Scottish Certificate of Education, 1962
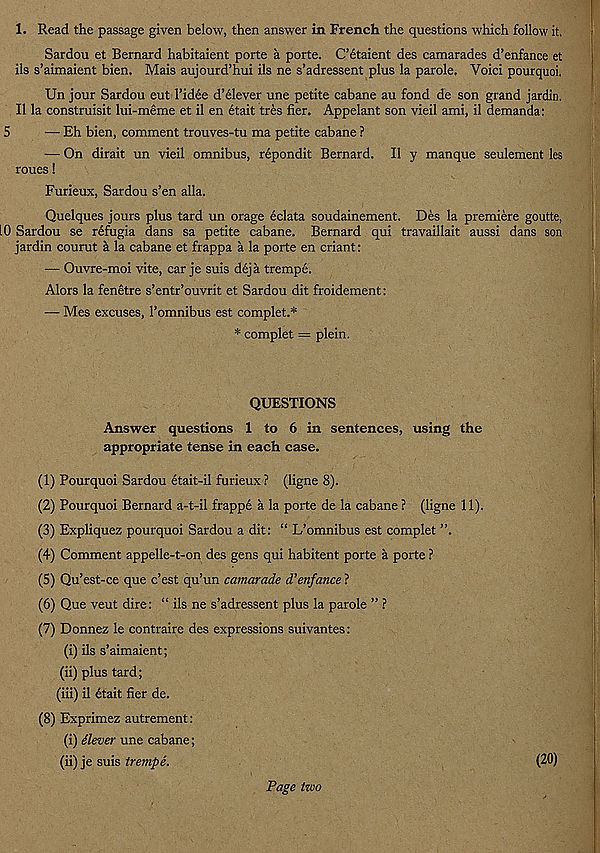
1. Read the passage given below, then answer in French the questions which follow it.
Sardou et Bernard habitaient porte a porte. C’6taient des camarades d’enfance et
ils s’aimaient bien. Mais aujourd’hui ils ne s’adressent plus la parole, Voici pourquoi.
Un jour Sardou eut 1’idee d’61ever une petite cabane au fond de son grand jardin.
II la construisit lui-meme et il en etait tres her. Appelant son vieil ami, il demanda:
5
— Eh bien, comment trouves-tu ma petite cabane ?
— On dirait un vieil omnibus, repondit Bernard. Il y manque seulement les
roues!
Furieux, Sardou s’en alia.
Quelques jours plus tard un orage eclata soudainement. Des la premiere goutte,
10 Sardou se refugia dans sa petite cabane. Bernard qui travaillait aussi dans son
jardin courut h. la cabane et frappa a la porte en criant:
— Ouvre-moi vite, car je suis d6ja trempe.
Alors la fenetre s’entr’ouvrit et Sardou dit froidement:
— Mes excuses, 1’omnibus est comp let.*
* complet = plein.
QUESTIONS
Answer questions 1 to 6 in sentences, using the
appropriate tense in each case.
(1) Pourquoi Sardou etait-il furieux? (Hgne 8).
(2) Pourquoi Bernard a-t-il frappe a la porte de la cabane ? (ligne 11).
(3) Expliquez pourquoi Sardou a dit: “ L’omnibus est complet ”.
(4) Comment appelle-t-on des gens qui habitent porte a porte ?
(5) Qu’est-ce que c’est qu’un camarade d’enfance ?
(6) Que veut dire: “ ils ne s’adressent plus la parole ” ?
(7) Donnez le contraire des expressions suivantes:
(i) ils s’aimaient;
(ii) plus tard;
(iii) il etait her de.
(8) Exprimez autrement:
(i) dlever une cabane;
(ii) je suis trempe.
(20)
Page two